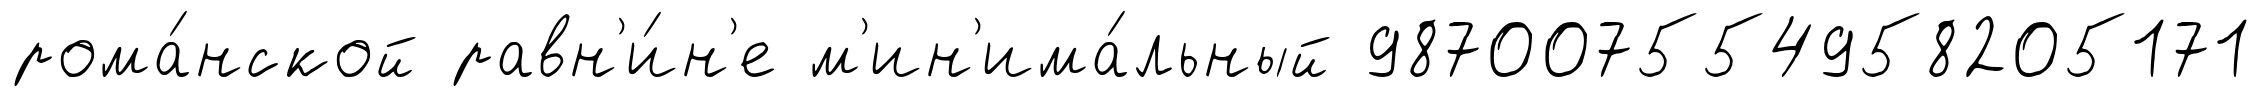
рома́нской равн'и́н'е м'ин'има́льный 987007554958205171